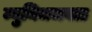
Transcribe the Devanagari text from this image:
म्युनिचजवळ